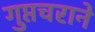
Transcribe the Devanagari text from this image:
गुप्तचराने